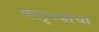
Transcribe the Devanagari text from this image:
क्लृप्त्यांचा